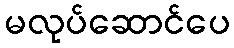
မလုပ်ဆောင်ပေ